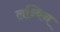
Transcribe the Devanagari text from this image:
लन्विन